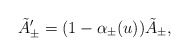
\begin{align*}\tilde{A}'_\pm = (1 - \alpha_\pm (u)) \tilde{A}_\pm,\end{align*}